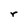
Character: r